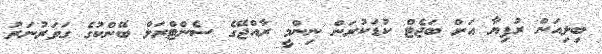
ބިލިއަން ރުފިޔާ އަށް ބަޖެޓް ކުޑަކުރަން ނިންމީ ރާއްޖޭގެ ސެންޓްރަލް ބޭންކުގެ ގަވަރުނަރު